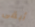
أبقى